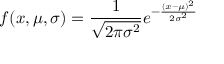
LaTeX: f ( x , \mu , \sigma ) = { \frac { 1 } { \sqrt { 2 \pi \sigma ^ { 2 } } } } e ^ { - { \frac { ( x - \mu ) ^ { 2 } } { 2 \sigma ^ { 2 } } } }